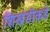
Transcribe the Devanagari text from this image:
शिखंडीकडे